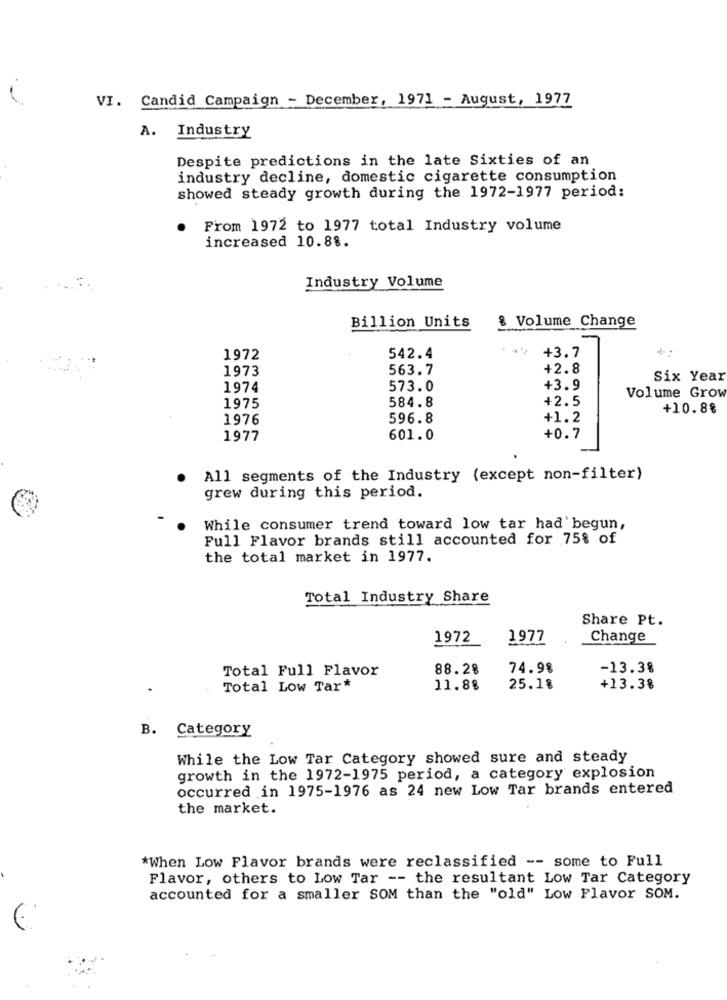
VI. Candid Campaign - December, 1971 - August, 1977
A. Industry
Despite predictions in the late Sixties of an
industry decline, domestic cigarette consumption
showed steady growth during the 1972-1977 period:
From 1972 to 1977 total Industry volume
increased 10.8%.
Industry Volume
Billion Units
& Volume Change
1972
542.4
+3.7
1973
563.7
+2.8
Six Year
1974
573.0
+3.9
584.8
+2.5
Volume Grow
1975
+10.8%
1976
596.8
+1.2
1977
601.0
+0.7
All segments of the Industry (except non-filter)
grew during this period.
While consumer trend toward low tar had begun,
Full Flavor brands still accounted for 75% of
the total market in 1977.
Total Industry Share
Share Pt.
1972
1977
Change
Total Full Flavor
88.28
74.98
-13.3%
Total Low Tar*
11.8%
25.18
+13.38
B.
Category
While the Low Tar Category showed sure and steady
growth in the 1972-1975 period, a category explosion
occurred in 1975-1976 as 24 new Low Tar brands entered
the market.
*When Low Flavor brands were reclassified -- some to Full
Flavor, others to Low Tar -- the resultant Low Tar Category
accounted for a smaller SOM than the "old" Low Flavor SOM.
€